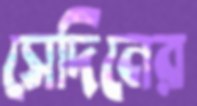
সেদিনের